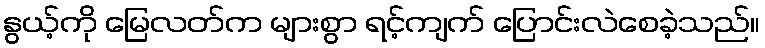
နွယ့်ကို မြေလတ်က များစွာ ရင့်ကျက် ပြောင်းလဲစေခဲ့သည်။